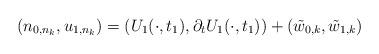
LaTeX: \begin{align*} (n_{0,n_k}, u_{1,n_k}) = (U_1 (\cdot,t_1), \partial_t U_1(\cdot, t_1)) + (\tilde{w}_{0,k}, \tilde{w}_{1,k})\end{align*}